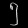
Digit: ၅